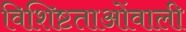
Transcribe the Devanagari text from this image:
विशिष्टताओंवाली